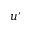
u ^ { \prime }